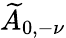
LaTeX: \widetilde{A}_{0,-\nu}